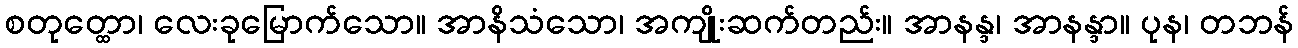
စတုတ္ထော၊ လေးခုမြောက်သော။ အာနိသံသော၊ အကျိုးဆက်တည်း။ အာနန္ဒ၊ အာနန္ဒာ။ ပုန၊ တဘန်